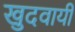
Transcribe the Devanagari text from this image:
खुदवायीं